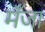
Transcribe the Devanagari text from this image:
मँजा